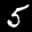
Label: 5